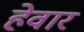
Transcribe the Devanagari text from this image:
हेवार